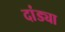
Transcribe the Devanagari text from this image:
दांड्या